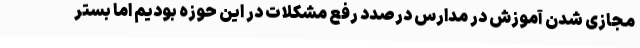
مجازی شدن آموزش در مدارس درصدد رفع مشکلات در این حوزه بودیم اما بستر